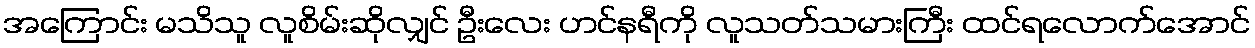
အကြောင်း မသိသူ လူစိမ်းဆိုလျှင် ဦးလေး ဟင်နရီကို လူသတ်သမားကြီး ထင်ရလောက်အောင်